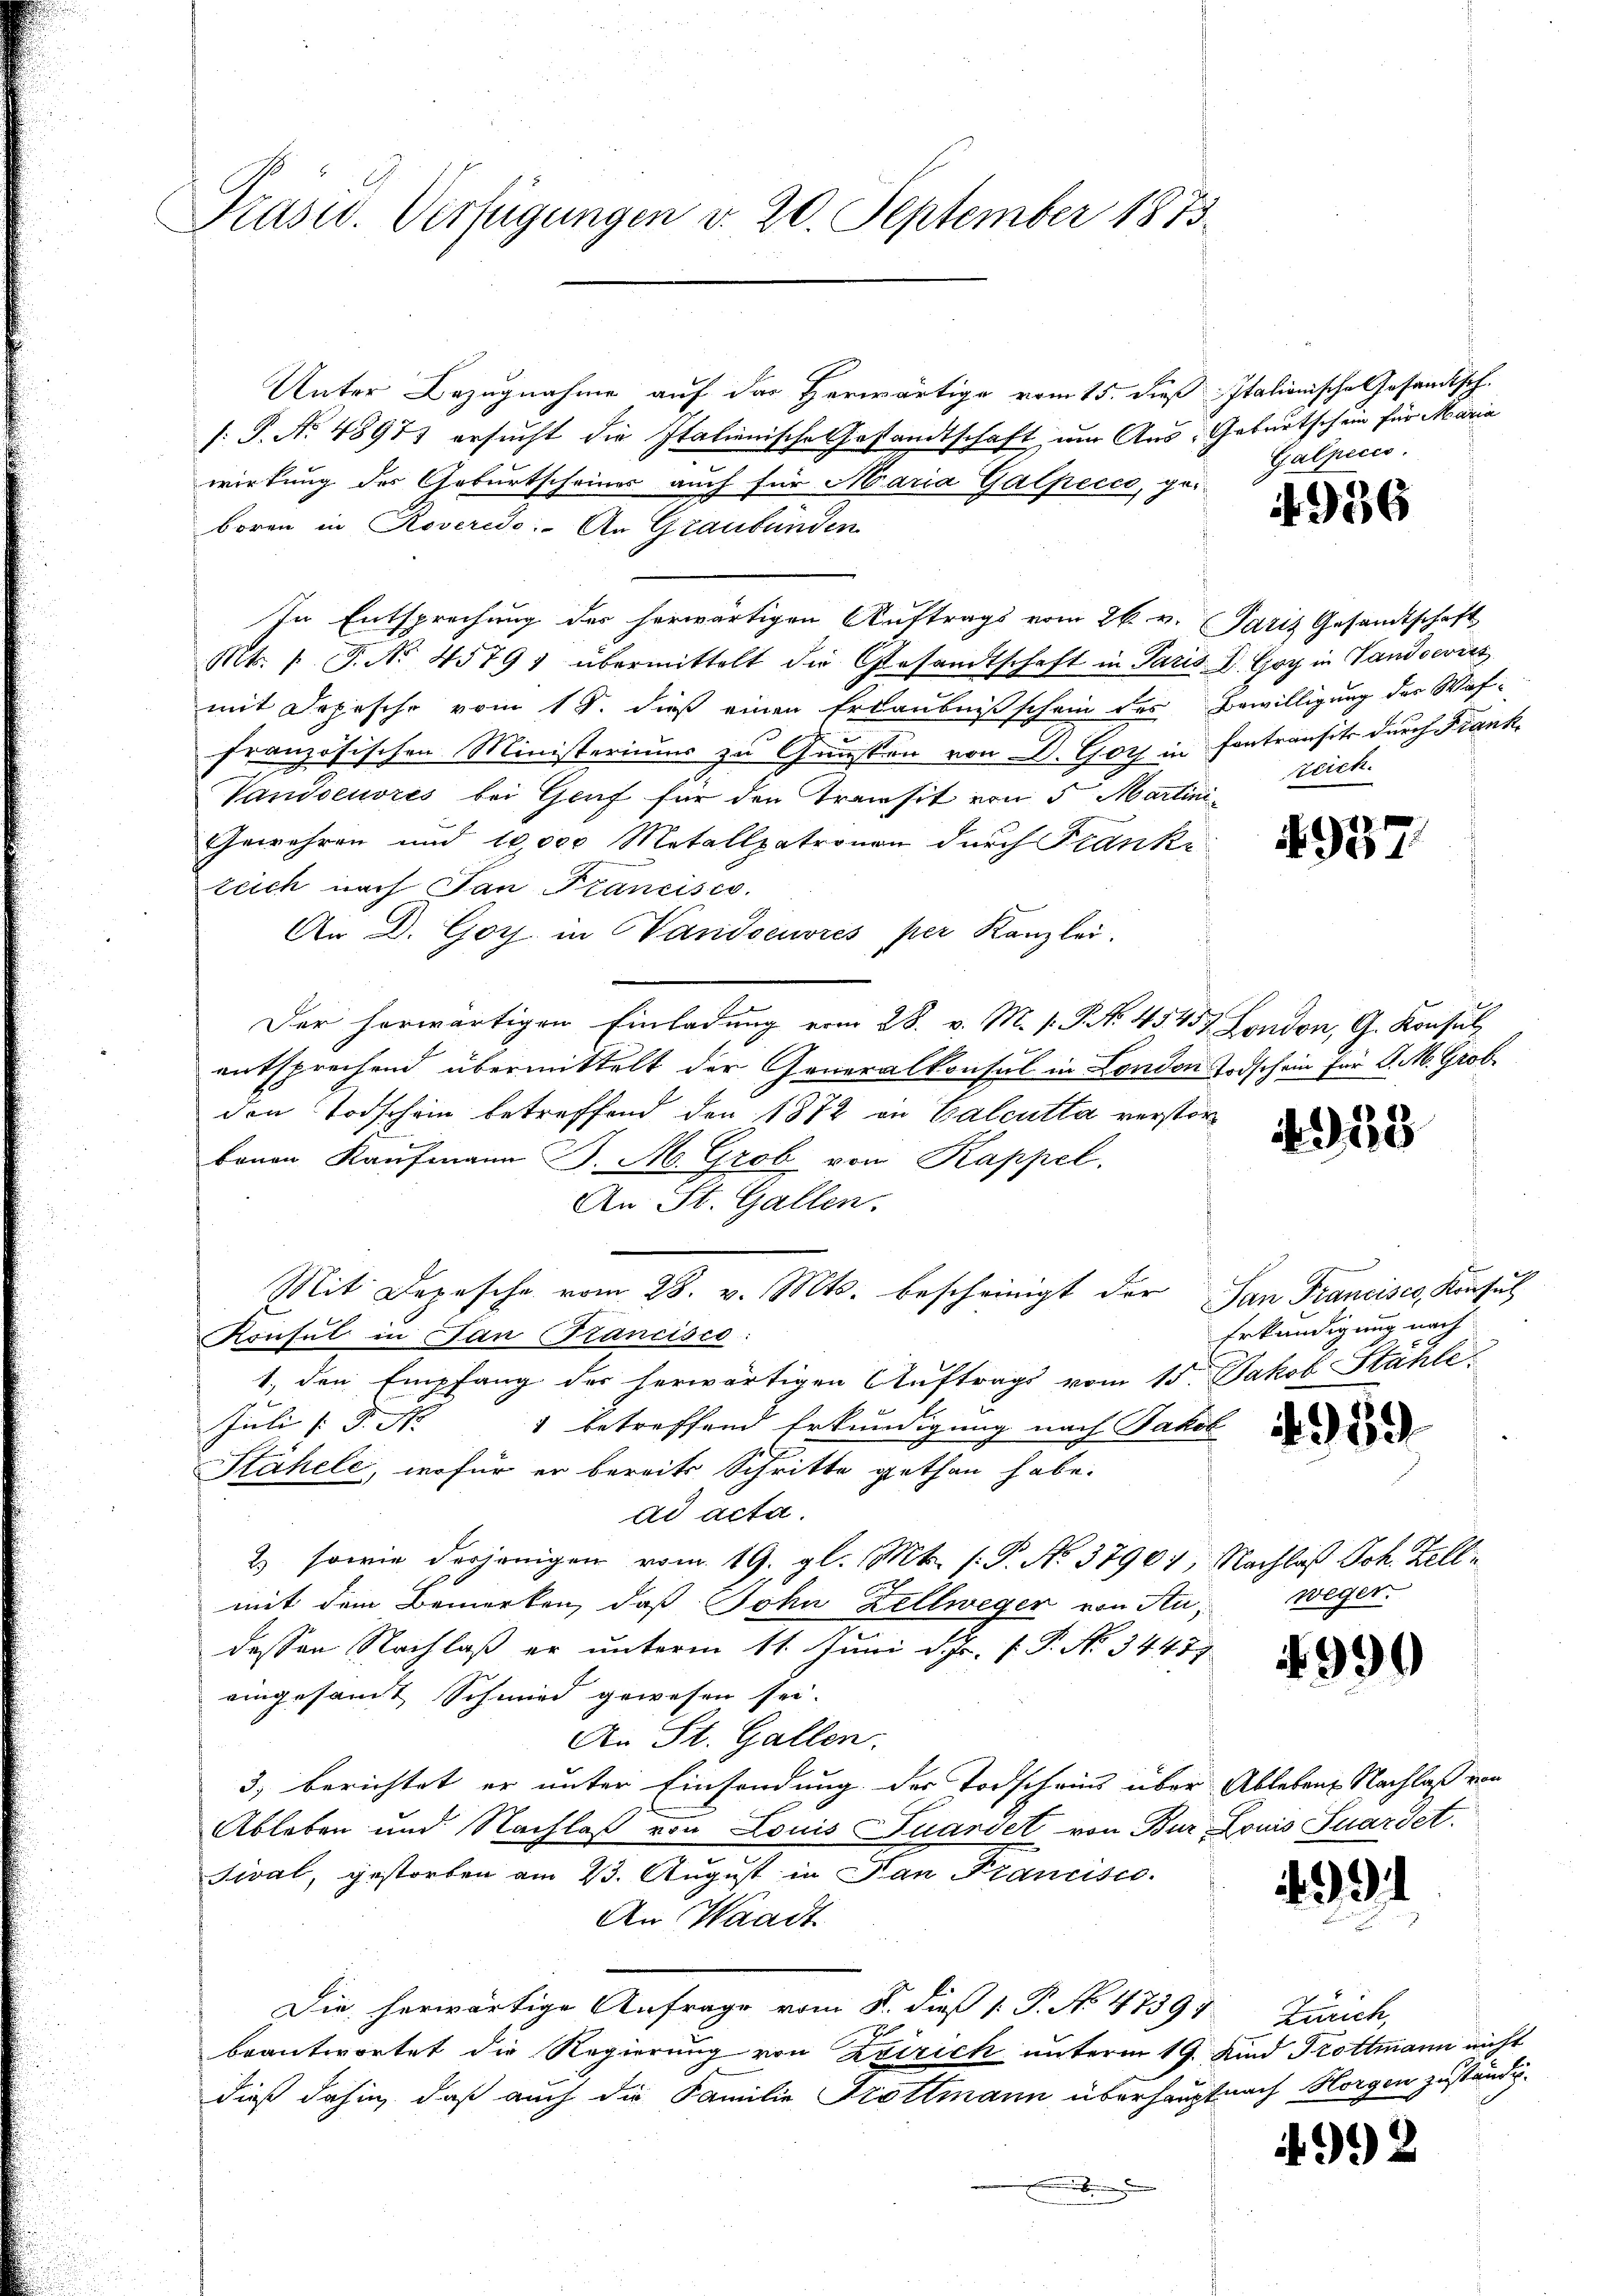
Präsid. Verfügungen v. 20. September 1873.

Unter Bezugnahme auf das Herwärtige vom 15. dieß Italionische Gesandtsch.
. P. No 48973 ersucht die Italienische Gestandtschaft, um Aus Geburtschein für Maria
wirkung des Geburtscheines auch für Maria Galpecco, gei
boren in Roveredo. An Graubünden
In Entsprechung der herwärtigen Auftrags vom 26. v. Paris Gesandtschaft
Mt. " J. No. 45791 übermittelt die Gesandtschaft in Paris V. Goy in Gandowicz
mit Depesche vom 18. dieß einen Erlaubniß schein des Bewilligung der Waffranzösischen Ministeriums zu Gunsten von D. Goth in Fontransite durch Frank
Vandoeuvres bei Graf für den Transit von 5 Martini¬
Gewehren und 10,000 Metallpatronen durch Franke
zeich nach San Francisco.
An D. Goys in Wandoeuvrés per Kanzlei.
Der herwärtigen Einladung vom 28. v. M. s. S. No. 45455. London, G. Konsul
entsprechend übermittelt der Generalkonsul in London Todschein für d. M. Grob.
den Todschein betreffend den 1872 in Calcutta verstorbauen Kaufmann P. M. Grob von Kappel.
An St. Gallen.
Mit Depesche vom 28. v. Mts. bescheinigt der
Konsul in Pan Francisco:
1., den Empfang der herwärtigen Auftrags vom 15. Jakob Stahle
8
Juli d. M.
1 betreffend Erkundigung nach Jakob
Stähele, wofür er bereits Schritte gethan habe.
ad acta.
2) sowie derjenigen vom 19. gl. Mts. s. P. No. 37901, Nachlaß Joh. Zellmit dem Bemerken, daß John Zellweger von Au
dessen Nachlaß er unterm 11. Juni d. Js. f. P. No. 34477
eingesandt Schmied gewesen sei.
An St. Gallen.
3, berichtet er unter Einsendung der Todscheins über Ablebens Nachlaß von
Ableben und Nachlaß von Louis Fuarvet von Bur Louis Quardet.
Sival, gestorben am 23. August in Pan Francisco
An Waadt
Die herwärtige Anfrage vom 8. dieß 1. P. No 47397. Zürich,
beantwortet die Regierung von Zeirich unterm 19. Kind Trottmann nicht
dieß dahin, daß auch die Familie Trottmann überhauptnach Horgen zuständig.
.

Galpicis.

4956

zeich.

4937.

453

San Francisco, Konsul
Erkundigung nach

1959

weger.

4990

.91

2